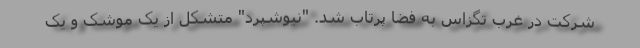
شرکت در غرب تگزاس به فضا پرتاب شد. "نیوشپرد" متشکل از یک موشک و یک